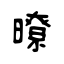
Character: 暸